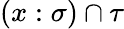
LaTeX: (x:\sigma)\cap\tau